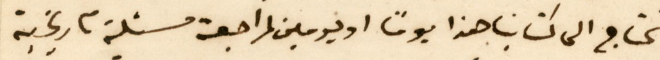
نحتاج الى كتابنا هذا يومًا او يومين لمراجعة مسئلة تاريخية